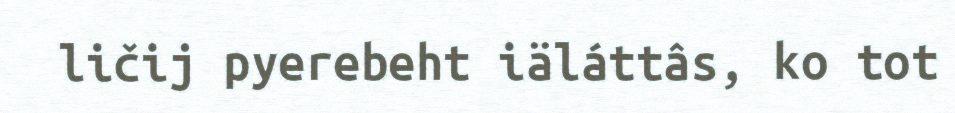
ličij pyerebeht iäláttâs, ko tot